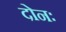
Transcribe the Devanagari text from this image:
दोनः